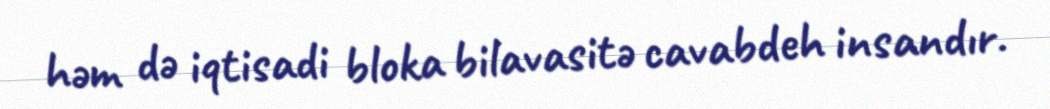
həm də iqtisadi bloka bilavasitə cavabdeh insandır.